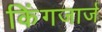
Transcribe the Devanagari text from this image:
किंगजार्ज